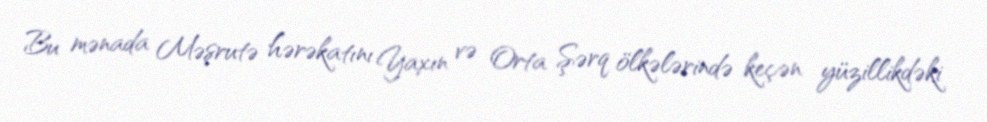
Bu mənada Məşrutə hərəkatını Yaxın və Orta Şərq ölkələrində keçən yüzillikdəki